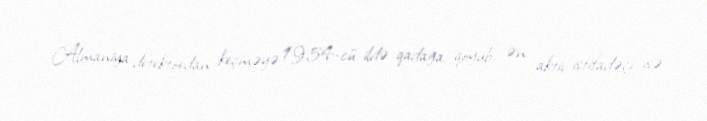
Almaniya detektordan keçməyə 1954-cü ildə qadağa qoyub, ən aktiv istifadəçi isə